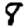
Digit: 8